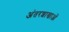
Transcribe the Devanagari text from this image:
अंतरशाखाओं